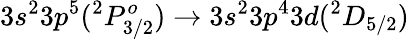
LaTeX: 3s^{2}3p^{5}(^{2}P_{3/2}^{o})\rightarrow 3s^{2}3p^{4}3d(^{2}D_{5/2})